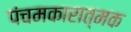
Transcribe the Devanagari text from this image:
पंचमकारात्मक